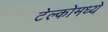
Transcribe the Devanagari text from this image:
टेल्कोमध्ये